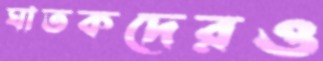
ঘাতকদেরও